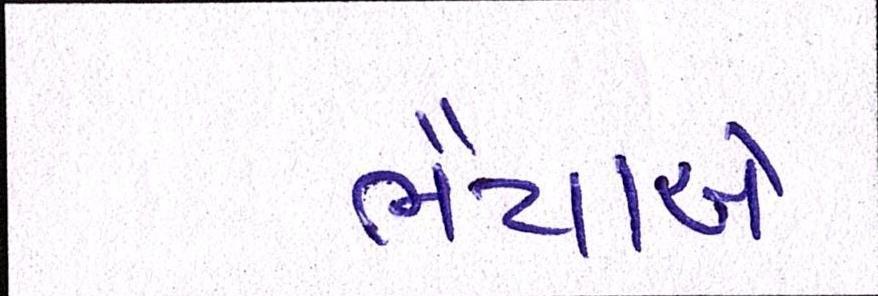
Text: ભૈયાએ